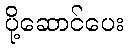
ပို့ဆောင်ပေး